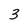
Character: 3